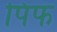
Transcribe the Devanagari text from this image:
पिफ